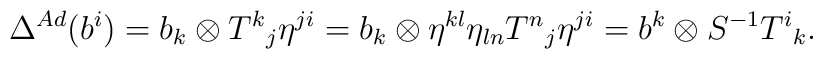
\Delta ^{Ad}(b^{i})         =  b_{k} \otimes T^{k}{}_{j} \eta ^{ji}         =  b_{k} \otimes \eta ^{kl} \eta _{ln} T^{n}{}_{j} \eta ^{ji}         =  b^{k} \otimes S^{-1} T^{i}{}_{k}.